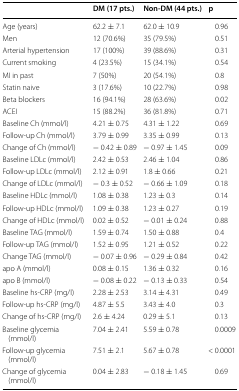
<table><thead><tr><td></td><td><b>DM (17 pts.)</b></td><td><b>Non-DM (44 pts.)</b></td><td><b>p</b></td></tr></thead><tbody><tr><td>Age (years)</td><td>62.2 ± 7.1</td><td>62.0 ± 10.9</td><td>0.96</td></tr><tr><td>Men</td><td>12 (70.6%)</td><td>35 (79.5%)</td><td>0.51</td></tr><tr><td>Arterial hypertension</td><td>17 (100%)</td><td>39 (88.6%)</td><td>0.31</td></tr><tr><td>Current smoking</td><td>4 (23.5%)</td><td>15 (34.1%)</td><td>0.54</td></tr><tr><td>MI in past</td><td>7 (50%)</td><td>20 (54.1%)</td><td>0.8</td></tr><tr><td>Statin naive</td><td>3 (17.6%)</td><td>10 (22.7%)</td><td>0.98</td></tr><tr><td>Beta blockers</td><td>16 (94.1%)</td><td>28 (63.6%)</td><td>0.02</td></tr><tr><td>ACEI</td><td>15 (88.2%)</td><td>36 (81.8%)</td><td>0.71</td></tr><tr><td>Baseline Ch (mmol/l)</td><td>4.21 ± 0.75</td><td>4.31 ± 1.22</td><td>0.69</td></tr><tr><td>Follow-up Ch (mmol/l)</td><td>3.79 ± 0.99</td><td>3.35 ± 0.99</td><td>0.13</td></tr><tr><td>Change of Ch (mmol/l)</td><td>− 0.42 ± 0.89</td><td>− 0.97 ± 1.45</td><td>0.09</td></tr><tr><td>Baseline LDLc (mmol/l)</td><td>2.42 ± 0.53</td><td>2.46 ± 1.04</td><td>0.86</td></tr><tr><td>Follow-up LDLc (mmol/l)</td><td>2.12 ± 0.91</td><td>1.8 ± 0.66</td><td>0.21</td></tr><tr><td>Change of LDLc (mmol/l)</td><td>− 0.3 ± 0.52</td><td>− 0.66 ± 1.09</td><td>0.18</td></tr><tr><td>Baseline HDLc (mmol/l)</td><td>1.08 ± 0.38</td><td>1.23 ± 0.3</td><td>0.14</td></tr><tr><td>Follow-up HDLc (mmol/l)</td><td>1.09 ± 0.38</td><td>1.23 ± 0.27</td><td>0.19</td></tr><tr><td>Change of HDLc (mmol/l)</td><td>0.02 ± 0.52</td><td>− 0.01 ± 0.24</td><td>0.88</td></tr><tr><td>Baseline TAG (mmol/l)</td><td>1.59 ± 0.74</td><td>1.50 ± 0.88</td><td>0.4</td></tr><tr><td>Follow-up TAG (mmol/l)</td><td>1.52 ± 0.95</td><td>1.21 ± 0.52</td><td>0.22</td></tr><tr><td>Change TAG (mmol/l)</td><td>− 0.07 ± 0.96</td><td>− 0.29 ± 0.84</td><td>0.42</td></tr><tr><td>apo A (mmol/l)</td><td>0.08 ± 0.15</td><td>1.36 ± 0.32</td><td>0.16</td></tr><tr><td>apo B (mmol/l)</td><td>− 0.08 ± 0.22</td><td>− 0.13 ± 0.33</td><td>0.54</td></tr><tr><td>Baseline hs-CRP (mg/l)</td><td>2.28 ± 2.53</td><td>3.14 ± 4.31</td><td>0.49</td></tr><tr><td>Follow-up hs-CRP (mg/l)</td><td>4.87 ± 5.5</td><td>3.43 ± 4.0</td><td>0.3</td></tr><tr><td>Change of hs-CRP (mg/l)</td><td>2.6 ± 4.24</td><td>0.29 ± 5.1</td><td>0.13</td></tr><tr><td>Baseline glycemia (mmol/l)</td><td>7.04 ± 2.41</td><td>5.59 ± 0.78</td><td>0.0009</td></tr><tr><td>Follow-up glycemia (mmol/l)</td><td>7.51 ± 2.1</td><td>5.67 ± 0.78</td><td>&lt; 0.0001</td></tr><tr><td>Change of glycemia (mmol/l)</td><td>0.04 ± 2.83</td><td>− 0.18 ± 1.45</td><td>0.69</td></tr></tbody></table>